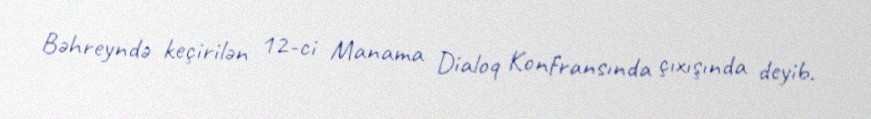
Bəhreyndə keçirilən 12-ci Manama Dialoq Konfransında çıxışında deyib.